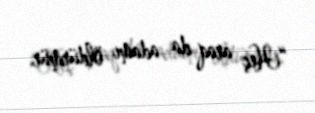
“Heç araq da adamı öldürmür.